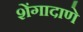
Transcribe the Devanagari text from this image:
शेंगादाणे